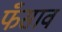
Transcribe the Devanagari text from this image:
फँसाव